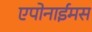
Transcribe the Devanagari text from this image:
एपोनाईमस